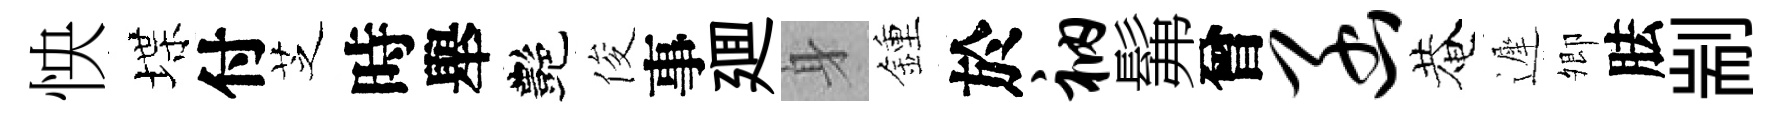
怏堞付芝時舉艷俊事廽身鍾於衲髴曾函菴遲𡖖胠剬